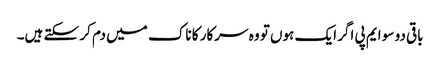
باقی دو سو ایم پی اگر ایک ہوں تو وہ سرکار کا ناک میں دم کر سکتے ہیں۔